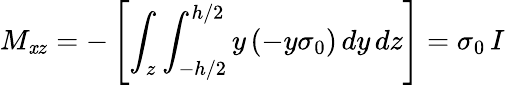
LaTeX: M_{\mathit{x}z}=-\left[\int_{z}\int_{-h/2}^{h/2}y\, (-y\sigma_{0})\, dy\, dz\right]=\sigma_{0}\, I